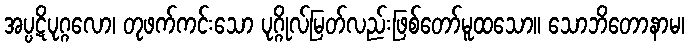
အပ္ပဋိပုဂ္ဂလော၊ တုဖက်ကင်းသော ပုဂ္ဂိုလ်မြတ်လည်းဖြစ်တော်မူထသော။ သောဘိတောနာမ၊